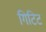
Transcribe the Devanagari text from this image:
गिटिट